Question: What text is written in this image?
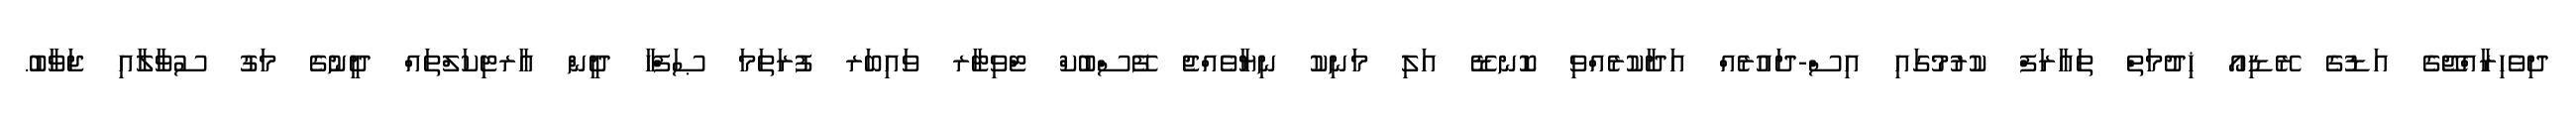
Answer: ދިވެހިރާއްޖޭގެ އަޑުގެ ރޭޑިއޯ ޚިދުމަތް ތަޢާރަފް ކުރުމުގައި އިސް-ދައުރެއް އަދާކުރެއްވި ކޮނޑޭ އަލި މަނިކު ނިޔާވެއްޖެ ފޭސްބުކް ޓްވިޓާރ ވައިބަރ ފުރަތަމަ ޞަފްހާ ދީން އާރޓިކަލްތައް ދީނުގެ މަގު ސުވާލާއި ޖަވާބު.